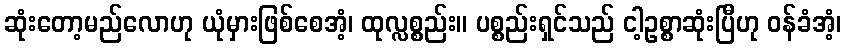
ဆုံးတော့မည်လောဟု ယုံမှားဖြစ်စေအံ့၊ ထုလ္လစ္စည်း။ ပစ္စည်းရှင်သည် ငါ့ဥစ္စာဆုံးပြီဟု ဝန်ခံအံ့၊